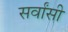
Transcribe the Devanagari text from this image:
सर्वांसी